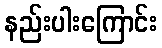
နည်းပါးကြောင်း